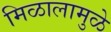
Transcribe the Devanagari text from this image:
मिळालामुळे